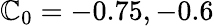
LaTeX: \mathbb{C}_{0}=-0.75,-0.6